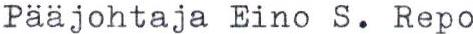
Pääjohtaja Eino S. Repo